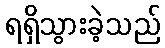
ရရှိသွားခဲ့သည်